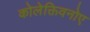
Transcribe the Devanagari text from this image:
कोलेक्तिवनोए